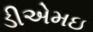
ડીએમઇ